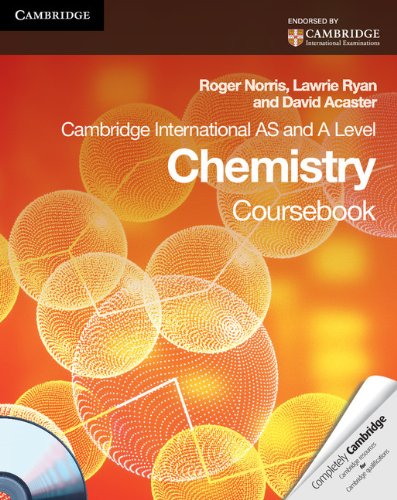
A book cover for Cambridge International AS and A Level Chemistry Coursebook with CD-ROM (Cambridge International Examinations); Roger Norris; Children's Books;